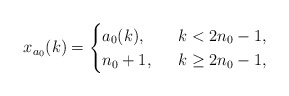
\begin{align*}x_{a_0}(k)=\begin{cases} a_0(k), \ & \ k<2n_0-1,\\n_0+1, \ & \ k\ge 2n_0-1,\end{cases}\end{align*}